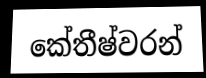
කේතීෂ්වරන්